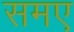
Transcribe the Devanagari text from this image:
समए